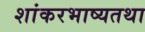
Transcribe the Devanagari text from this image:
शांकरभाष्यतथा